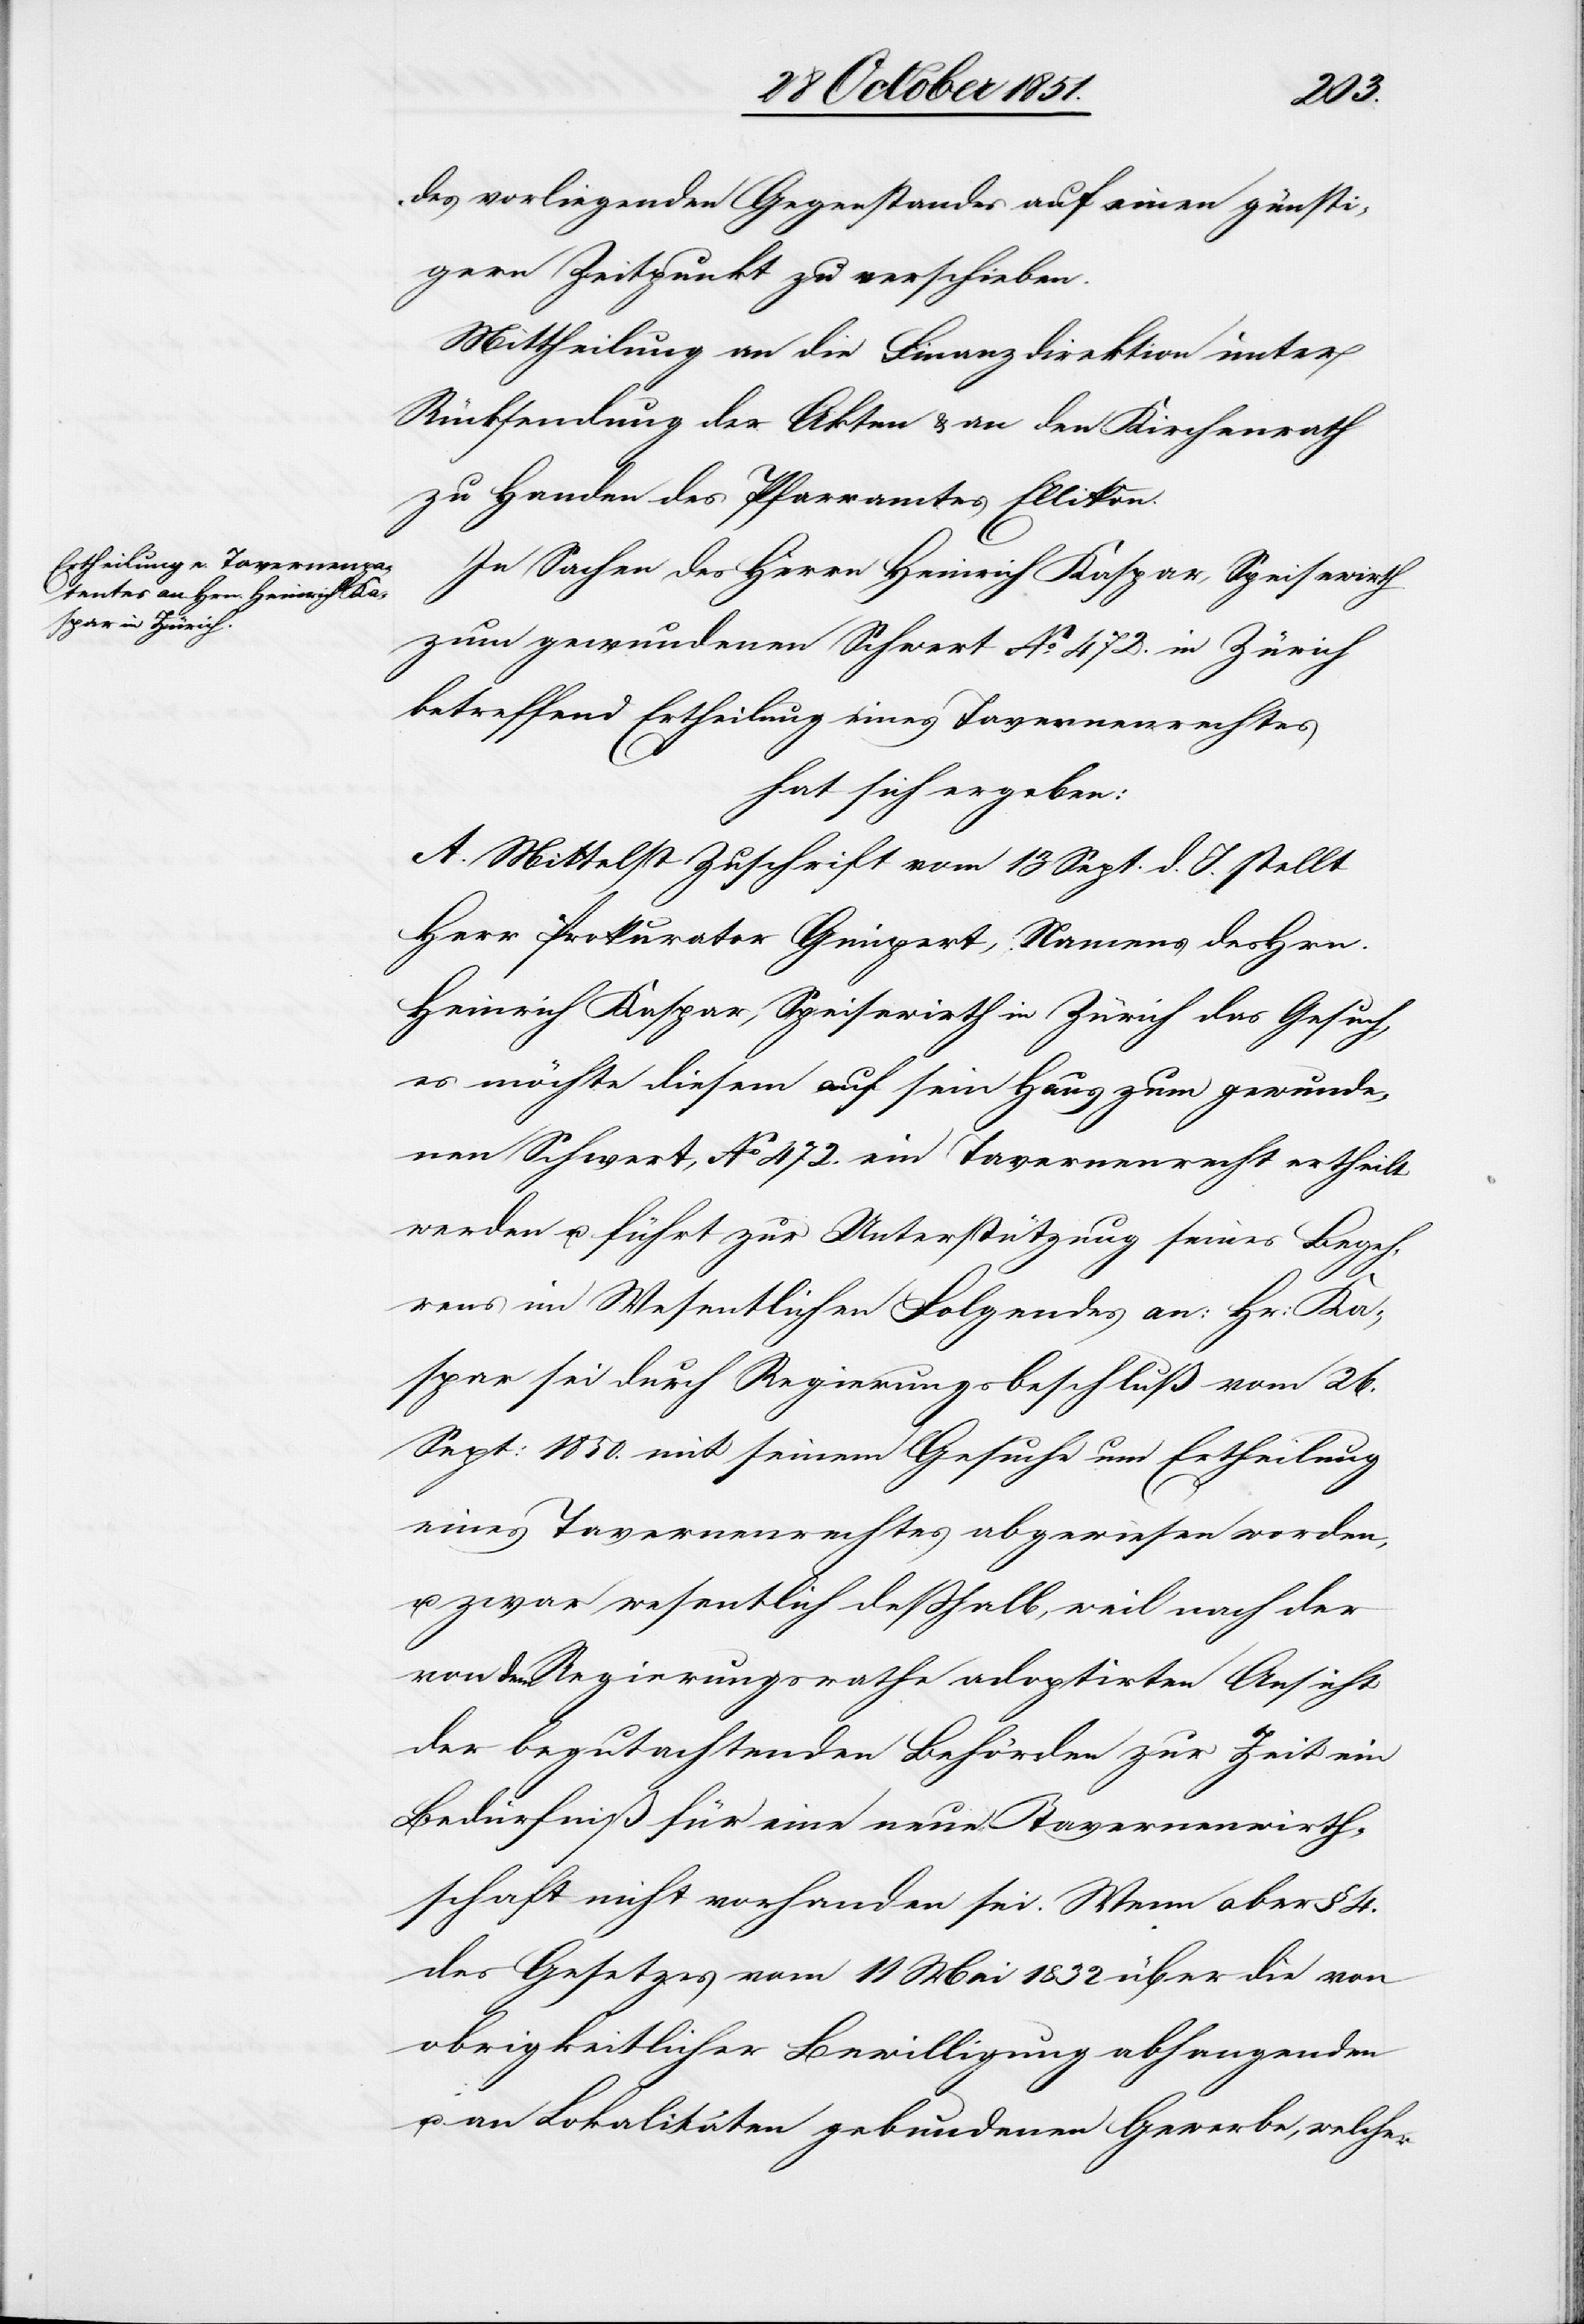
des vorliegenden Gegenstandes auf einen günsti¬
gern Zeitpunkt zu verschieben.
Mittheilung an die Finanzdirektion unter
Rücksendung der Akten & an den Kirchenrath
zu Handen des Pfarramtes Ellikon.
In Sachen des Herrn Heinrich Kaspar, Speisewirth
zum gewundenen Schwert No. 472. in Zürich
betreffend Ertheilung eines Tavernenrechtes
hat sich ergeben:
A. Mittelst Zuschrift vom 13 Sept. d. J. stellt
Herr Prokurator Gimpert, Namens des Hrn.
Heinrich Kaspar, Speisewirth in Zürich das Gesuch,
es möchte diesem auf sein Haus zum gewunde¬
nen Schwert, No 472. ein Tavernenrecht ertheilt
werden u. führt zur Unterstützung seines Begeh¬
rens im Wesentlichen Folgendes an: Hr: Ka¬
spar sei durch Regierungsbeschluß vom 26.
Sept: 1850. mit seinem Gesuche um Ertheilung
eines Tavernenrechtes abgewiesen worden,
u. zwar wesentlich deßhalb, weil nach der
von dem Regierungsrathe adoptirten Ansicht
der begutachtenden Behörden zur Zeit ein
Bedürfniß für eine neue Tavernenwirth¬
schaft nicht vorhanden sei. Wenn aber § 4.
des Gesetzes vom 11 Mai 1832 über die von
obrigkeitlicher Bewilligung abhangenden
u. an Lokalitäten gebundenen Gewerbe, welcher